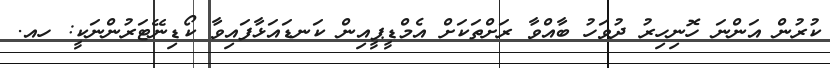
ކުރުން އަންނަ ހޮނިހިރު ދުވަހު ބާއްވާ ރަށްތަކަށް އެމްޑީޕީއިން ކަނޑައަޅާފައިވާ ކޯޑިނޭޓަރުންނަކީ: ހއ.